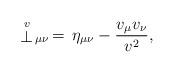
LaTeX: \begin{align*}\stackrel{\scriptstyle v}{\bot }_{\hskip0.5mm\mu \nu }\,=\,{\eta }_{\mu \nu}-\frac{v_{\mu }v_{\nu }}{v^{2}}, \end{align*}